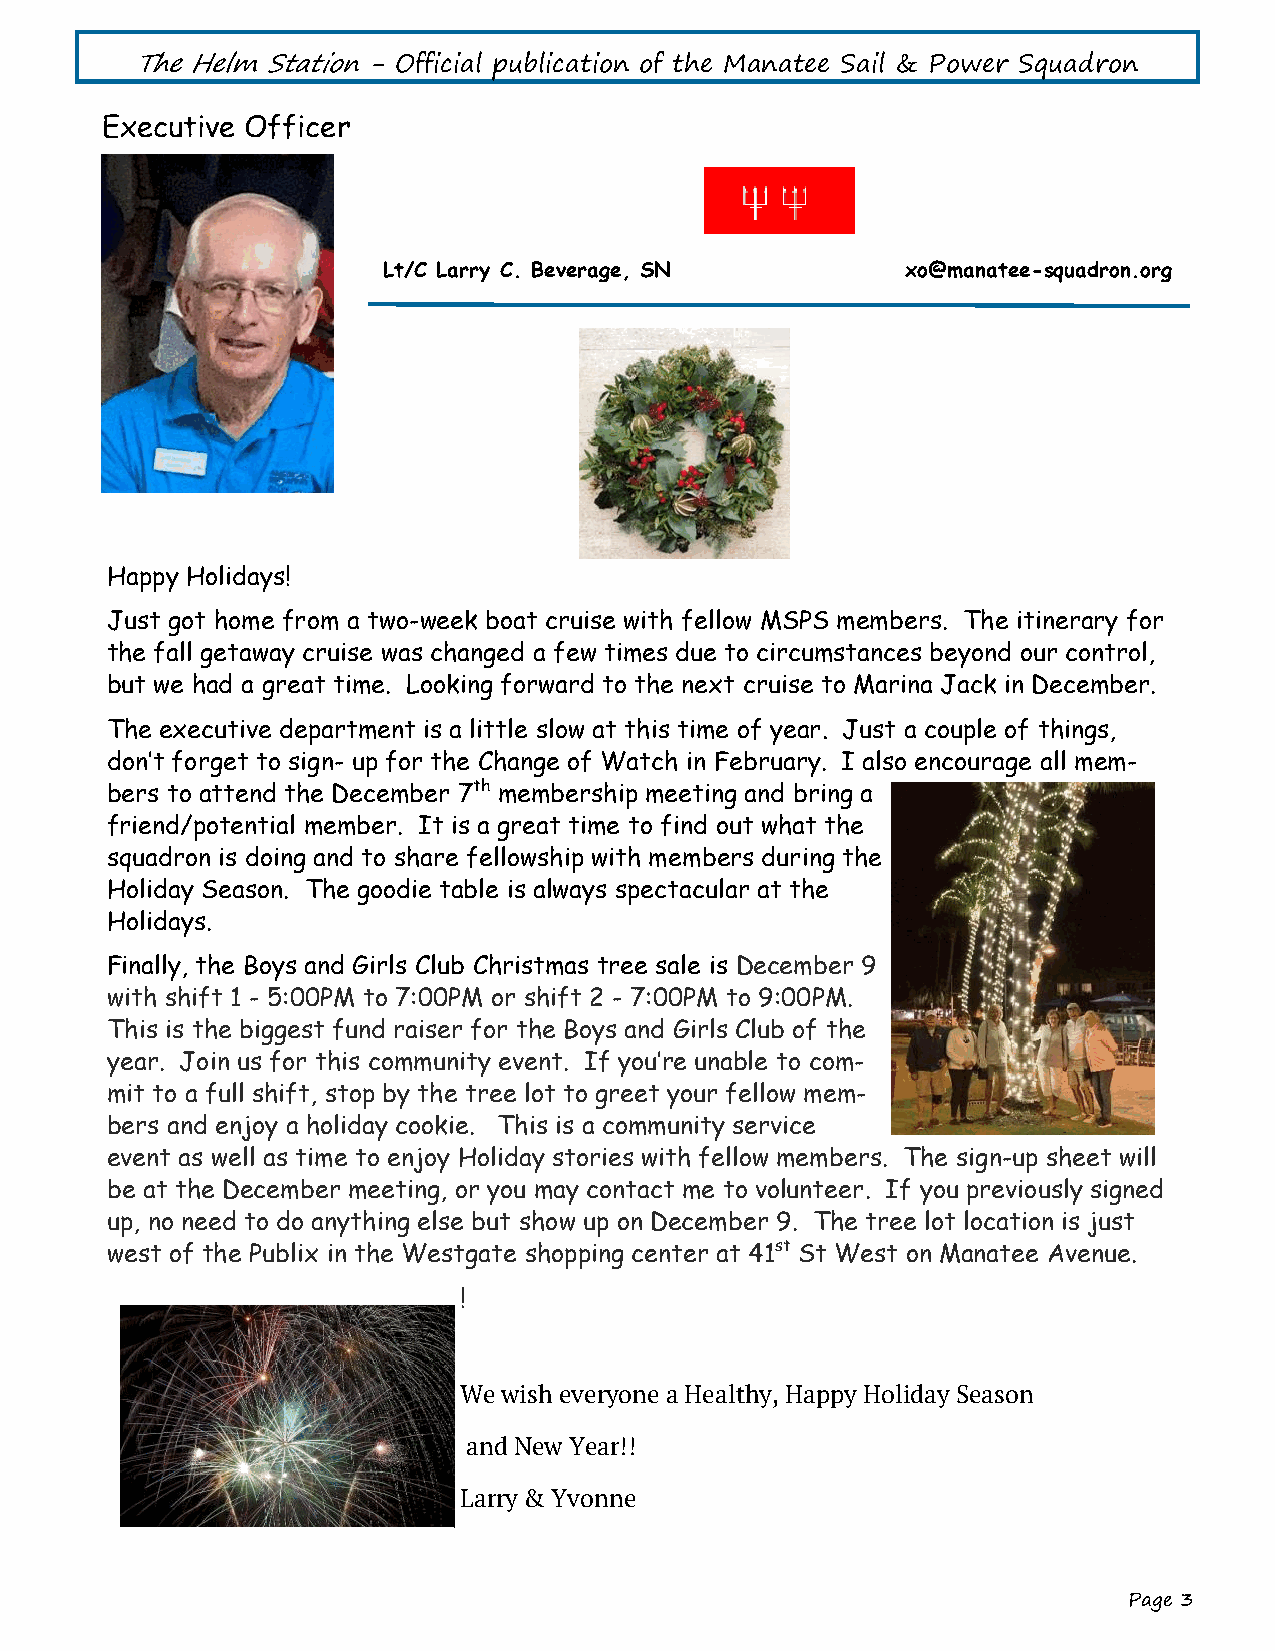
The Helm Station - Official publication of the Manatee Sail & Power Squadron
 Executive Officer
 Lt/C Larry C. Beverage, SN         xo@manatee-squadron.org
 Happy Holidays!
 Just got home from a two-week boat cruise with fellow MSPS members. The itinerary for
 the fall getaway cruise was changed a few times due to circumstances beyond our control,
 but we had a great time. Looking forward to the next cruise to Marina Jack in December.
 The executive department is a little slow at this time of year. Just a couple of things,
 don’t forget to sign- up for the Change of Watch in February. I also encourage all mem-
 bers to attend the December 7th membership meeting and bring a
 friend/potential member. It is a great time to find out what the
 squadron is doing and to share fellowship with members during the
 Holiday Season. The goodie table is always spectacular at the
 Holidays.
 Finally, the Boys and Girls Club Christmas tree sale is December 9
 with shift 1 - 5:00PM to 7:00PM or shift 2 - 7:00PM to 9:00PM.
 This is the biggest fund raiser for the Boys and Girls Club of the
 year. Join us for this community event. If you’re unable to com-
 mit to a full shift, stop by the tree lot to greet your fellow mem-
 bers and enjoy a holiday cookie. This is a community service
 event as well as time to enjoy Holiday stories with fellow members. The sign-up sheet will
 be at the December meeting, or you may contact me to volunteer. If you previously signed
 up, no need to do anything else but show up on December 9. The tree lot location is just
 west of the Publix in the Westgate shopping center at 41st St West on Manatee Avenue.
 !
 We wish everyone a Healthy, Happy Holiday Season
 and New Year!!
 Larry & Yvonne
 Page 3